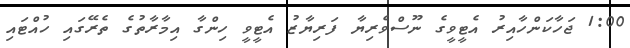
1:00 ޖަހާކަންހާއިރު އެޓީވީގެ ނޫސްވެރިޔާ ފަރިޔާޒު އެޓީވީ ހިންގާ އިމާރާތުގެ ތެރޭގައި ހުއްޓައި